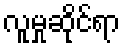
လူမှုဆိုင်ရာ